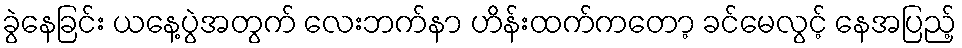
ခွဲနေခြင်း ယနေ့ပွဲအတွက် လေးဘက်နာ ဟိန်းထက်ကတော့ ခင်မေလွင့် နေအပြည့်